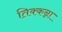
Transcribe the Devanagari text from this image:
तिक्कन्ना